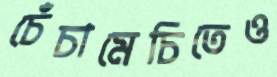
চেঁচামেচিতেও